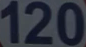
120